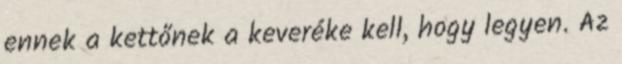
ennek a kettőnek a keveréke kell, hogy legyen. Az